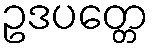
ဥဒပတ္တေ